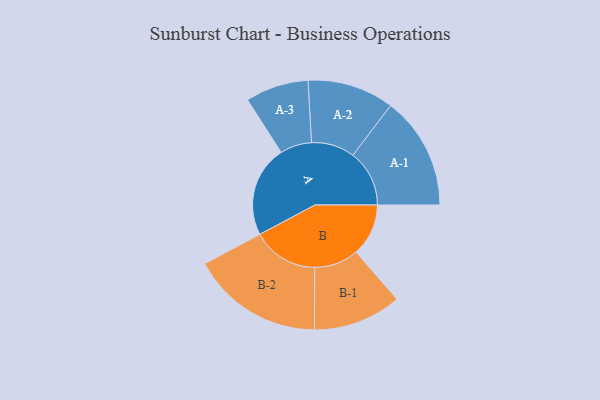
{"axis": {"x": "Segment", "y": "Value"}, "legend": ["", "A", "B"], "data": [{"x": "A", "y": 312, "type": ""}, {"x": "B", "y": 179, "type": ""}, {"x": "A-1", "y": 193, "type": "A"}, {"x": "A-2", "y": 148, "type": "A"}, {"x": "A-3", "y": 108, "type": "A"}, {"x": "B-1", "y": 151, "type": "B"}, {"x": "B-2", "y": 226, "type": "B"}]}